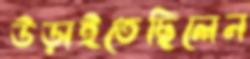
উড়াইতেছিলেন